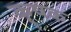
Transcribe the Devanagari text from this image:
कृषक